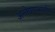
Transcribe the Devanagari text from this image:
अन्वेषणकार्यात